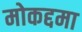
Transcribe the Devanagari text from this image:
मोकद्दमा